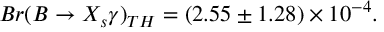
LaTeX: B r ( B \rightarrow X _ { s } \gamma ) _ { T H } = ( 2 . 5 5 \pm 1 . 2 8 ) \times 1 0 ^ { - 4 } .